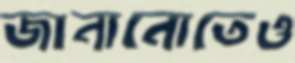
জানানোতেও